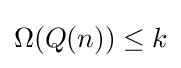
\Omega (Q(n))\leq k